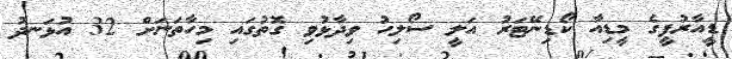
ޑީއާރުޕީގެ މީޑިއާ ކޯޑިނޭޓަރު އަލީ ސޯލިހު ވިދާޅުވި ގޮތުގައި މިހާތަނަށް 32 އުޅަނދު